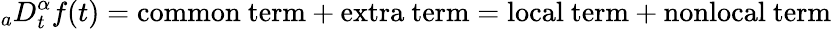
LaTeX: _{a}D_{t}^{\alpha}f(t)=\mathrm{{common\ term+extra\ term=local\ term+nonlocal\ term}}